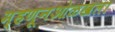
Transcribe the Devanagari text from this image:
म्हणूनओळखला